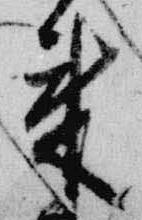
来